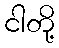
ငါတို့